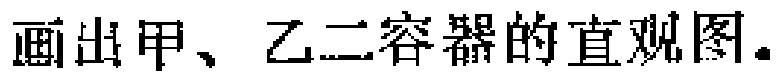
画出甲、乙二容器的直观图。